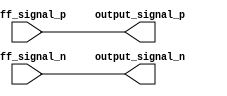
module diff_buffer (
    input       diff_signal_p,
    input       diff_signal_n,
    output reg  output_signal_p,
    output reg  output_signal_n
);

assign output_signal_p = diff_signal_p;
assign output_signal_n = diff_signal_n;

endmodule